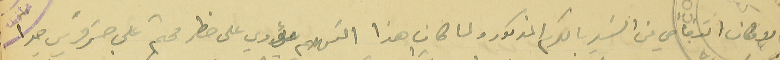
بالامكان التغاضي عن السَير بالكرم المذكور ولما كان هذا التهدم يؤدي على خطر محتم على جسَر قريب جدا